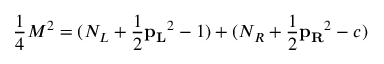
{ \frac { 1 } { 4 } } M ^ { 2 } = ( N _ { L } + { \frac { 1 } { 2 } } { \bf p _ { L } } ^ { 2 } - 1 ) + ( N _ { R } + { \frac { 1 } { 2 } } { \bf p _ { R } } ^ { 2 } - c )